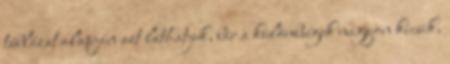
táblázat alapján azt láthatjuk, bár a különbségek nagyon kicsik,